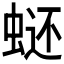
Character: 𰲿